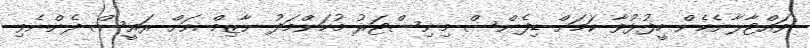
ވައްޓާލާނެހެން ހީފުޅުވާ ކަމަށް ޑިފެންސް މިނިސްޓަރު މުހަންމަދު ނާޒިމް އަށް ރައީސް ދެންނެވި